Annual administration report of the Civil Veterinary Department of India - 1899-1900
Year: 1899
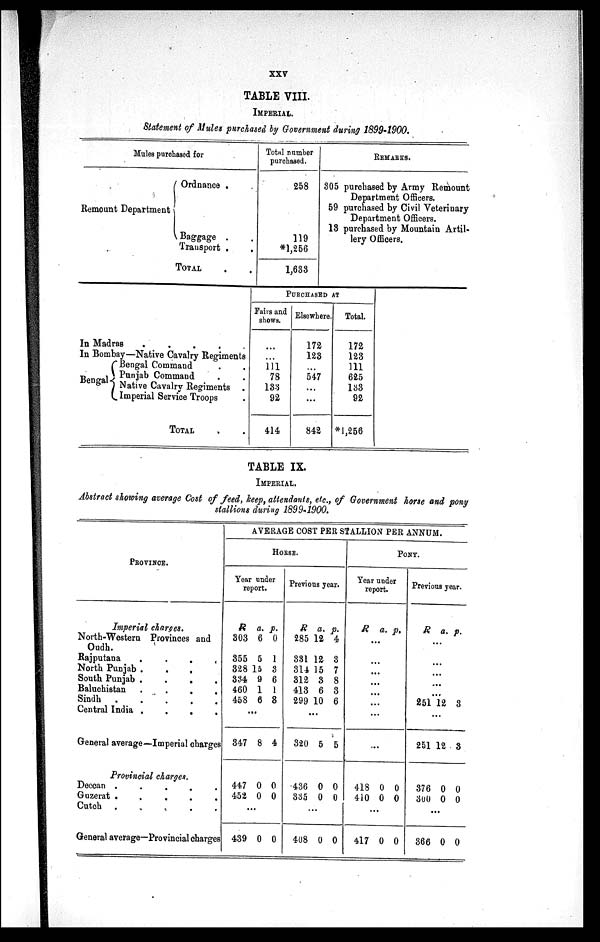
xxv
TABLE VIII.
IMPERIAL.
Statement of Mules purchased by Government during 1899-1900.
Mules purchased for
Remount Department
Ordnance .
Baggage . .
Transport .
.
TOTAL . .
Total number
purchased.
258
119
*1,256
1,633
REMARKS.
305 purchased by Army Remount
Department Officers.
59 purchased by Civil Veterinary
Department Officers.
18 purchased by Mountain Artil-
lery Officers.
In Madr
as
.
.
.
.
.
In Bombay—Native Cavalry Regiments
Bengal
Bengal Command . .
Punjab Command . .
Native Cavalry Regiments .
Imperial Service Troops .
TOTAL . .
PURCHASED
AT
Fairs and
shows.
...
...
111
78
133
92
414
Elsewhere.
172
123
...
547
...
...
842
Total.
172
123
111
625
133
92
*1,256
TABLE IX.
IMPERIAL.
Abstract showing average Cost of feed, keep, attendants, etc., of Government horse and pony
stallions during 1899-1900.
PROVINCE.
Imperial charges.
North-Western Provinces and
Oudh.
Rajputana
.
.
.
.
North Punjab . . .
South Punjab .
.
.
.
Baluchistan
.
.
.
.
Sindh
.
.
.
.
.
Central India .
.
.
.
General average—Imperial charges
Provincial charges.
Deccan .
.
.
.
.
Guzerat .
.
.
.
.
Cutch . . . . .
General average—Provincial charges
AVERAGE COST PER STALLIO N PER ANNUM.
HORSE.
Year
under
report.
R
303
355
328
334
460
458
...
347
447
452
.
439
a.
6
5
15
9
1
6
8
0
0
..
0
p.
0
1
3
6
1
8
4
0
0
0
Previou
s ye
ar.
R
285
331
314
312
413
299
.
320
436
335
.
408
a.
12
12
15
3
6
10
..
5
0
0
..
0
p.
4
3
7
8
3
6
5
0
0
0
PONY
Yea
re
r und
port.
er
R
...
418
410
417
a.
...
...
...
...
...
...
...
0
0
...
0
p.
0
0
0
Previo
us ye
ar.
R
251
251
376
300
366
a.
...
...
...
...
...
12
...
12
0
0
...
0
p.
3
3
0
0
0